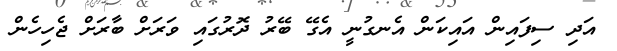
އަދި ސިފައިން އައިކަން އެނގުނީ އެގޭ ބޭރު ދޮރުގައި ވަރަށް ބާރަށް ޖެހިހެން